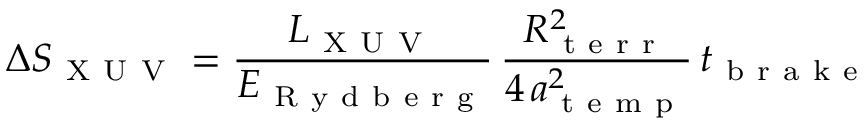
\Delta S _ { \mathrm { ~ X ~ U ~ V ~ } } = \frac { L _ { \mathrm { ~ X ~ U ~ V ~ } } } { E _ { \mathrm { ~ R ~ y ~ d ~ b ~ e ~ r ~ g ~ } } } \, \frac { R _ { \mathrm { ~ t ~ e ~ r ~ r ~ } } ^ { 2 } } { 4 \, a _ { \mathrm { ~ t ~ e ~ m ~ p ~ } } ^ { 2 } } \, t _ { \mathrm { ~ b ~ r ~ a ~ k ~ e ~ } }